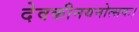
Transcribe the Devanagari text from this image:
देवकीनयनोत्सवः।